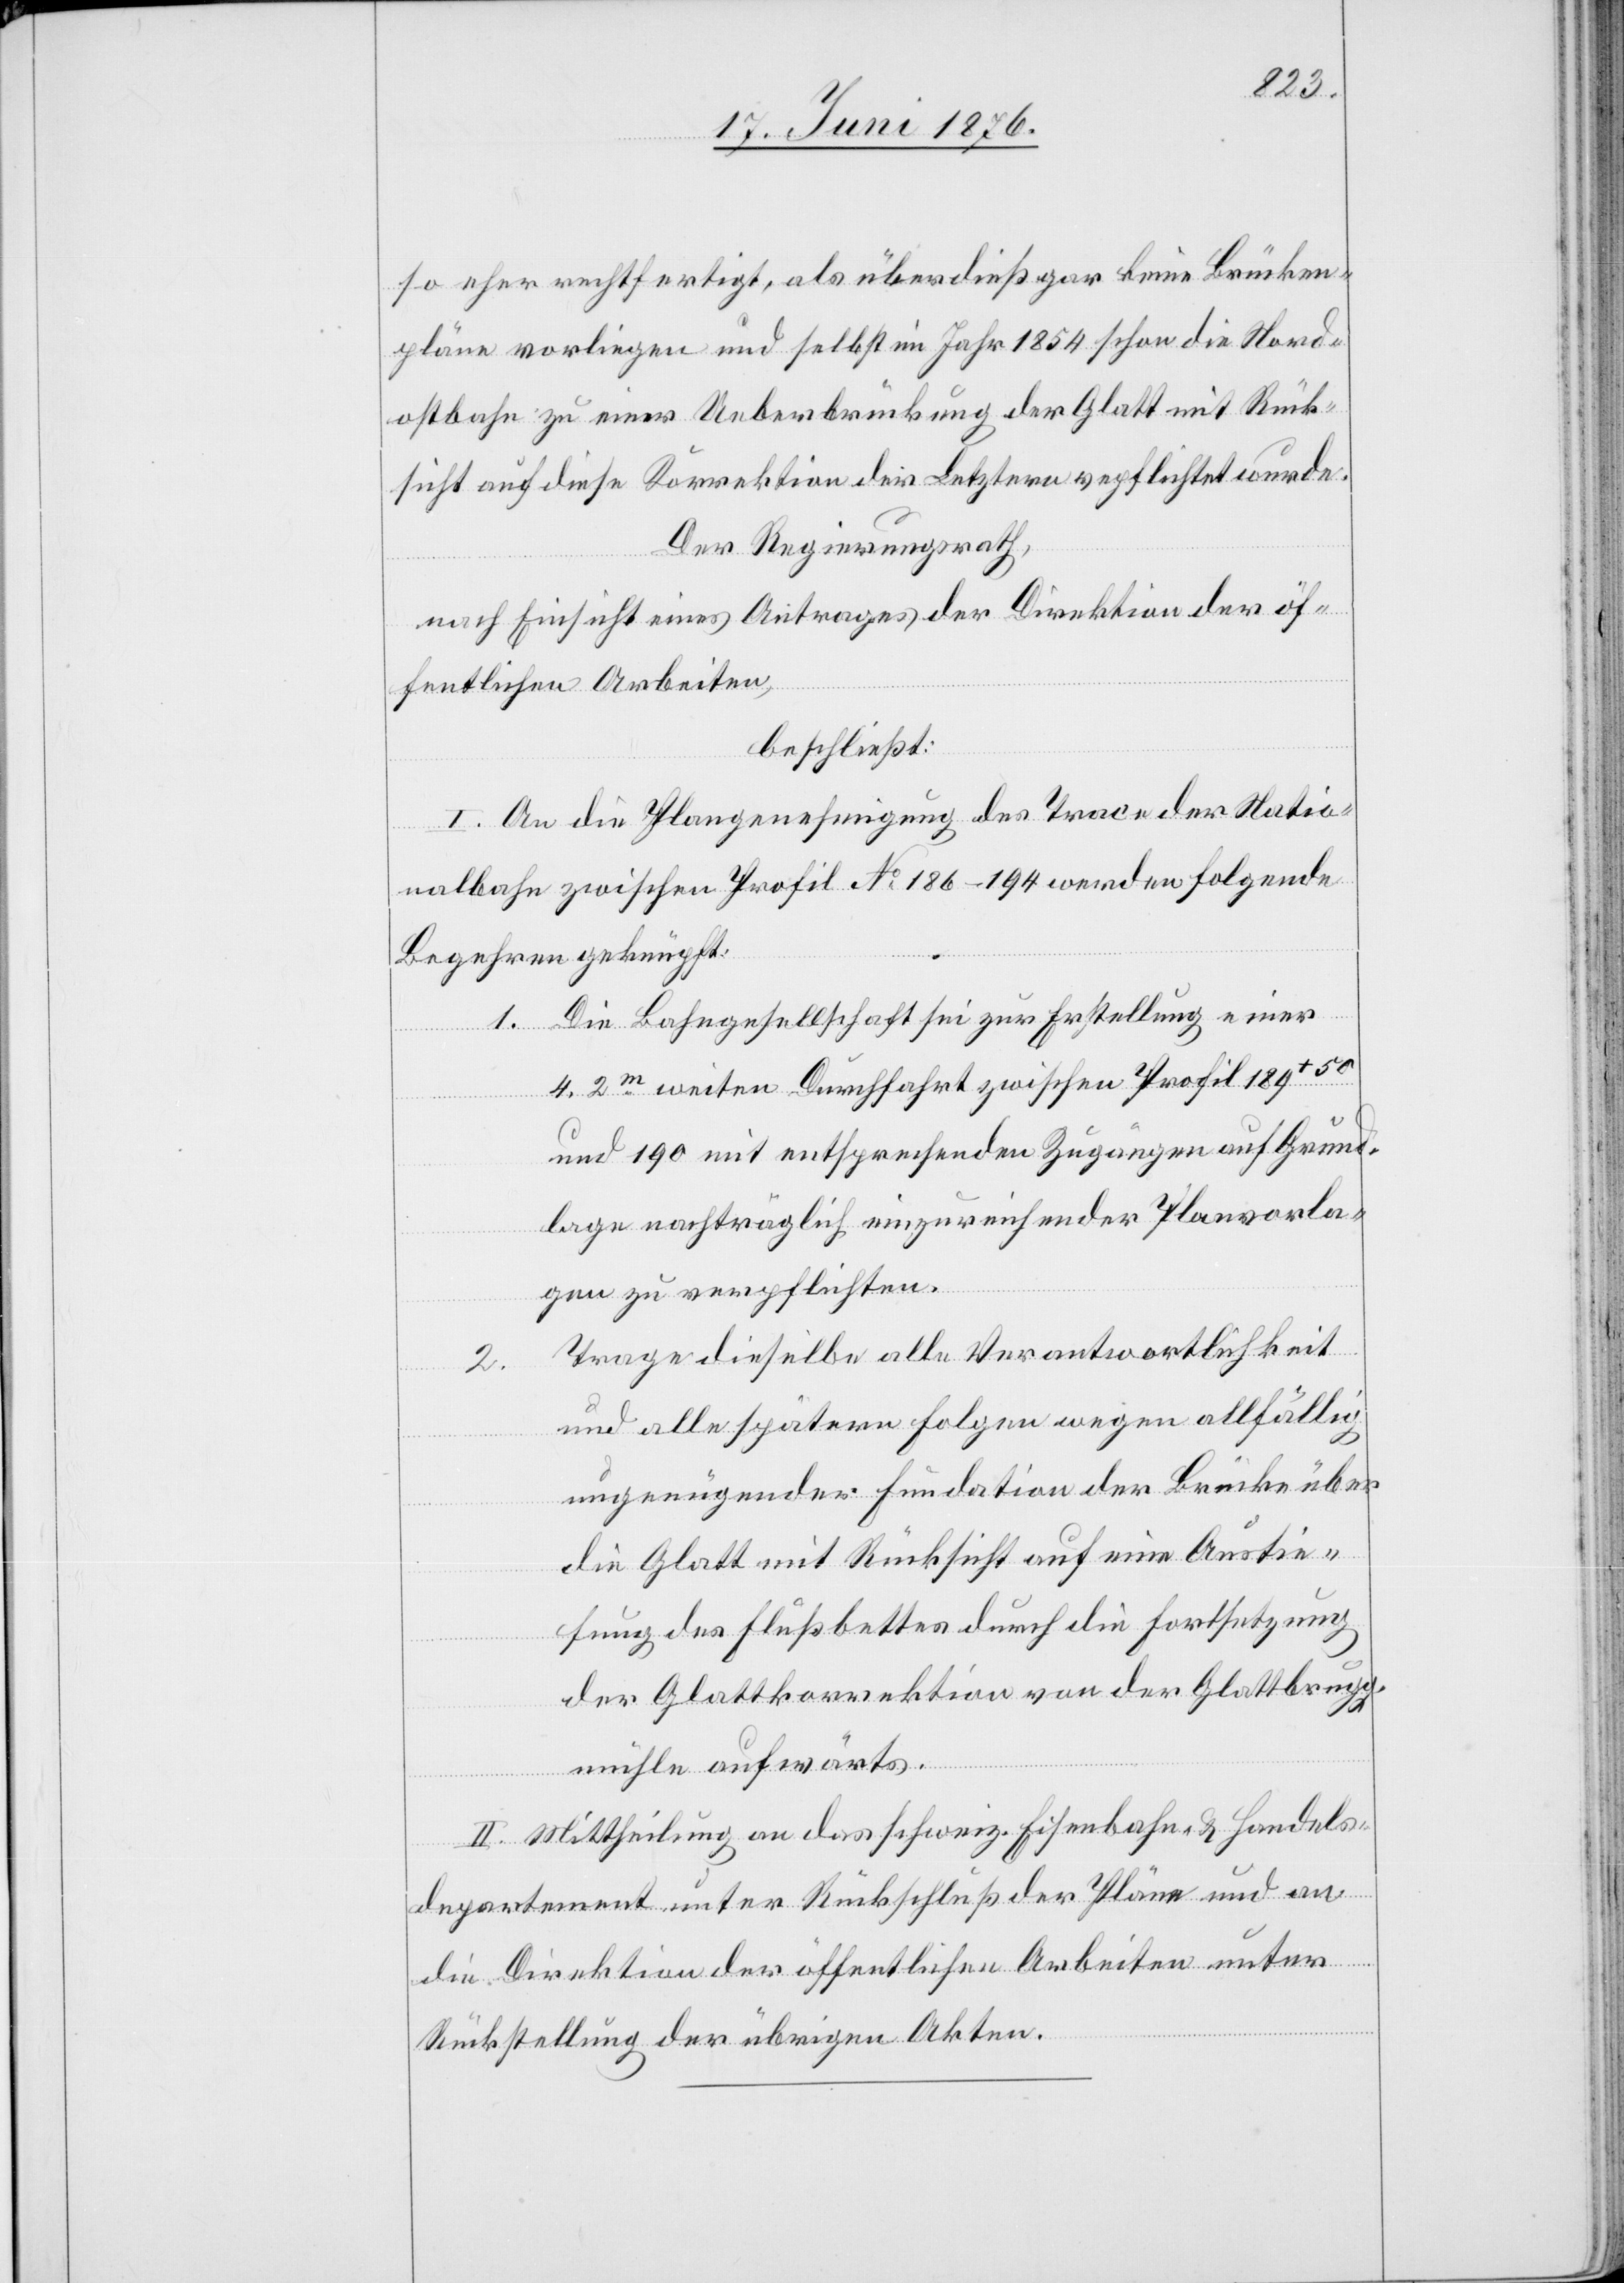
so eher rechtfertigt, als überdies gar keine Brücken¬
pläne vorliegen und selbst im Jahr 1854 schon die Nord¬
ostbahn zu einer Ueberbrückung der Glatt mit Rück¬
sicht auf diese Korrektion der Letztern verpflichtet wurde.
Der Regierungsrath,
nach Einsicht eines Antrages der Direktion der öf¬
fentlichen Arbeiten,
beschließt:
I. An die Plangenehmigung des Trace der Natio¬
nalbahn zwischen Profil No 186–194 werden folgende
Begehren geknüpft:
1. Die Bahngesellschaft sei zur Erstellung einer
4,2m weiten Durchfahrt zwischen Profil 189+50
und 190 mit entsprechenden Zugängen auf Grund¬
lage nachträglich einzureichender Planvorla¬
gen zu verpflichten.
Trage dieselbe alle Verantwortlichkeit
2.
und alle spätern Folgen wegen allfällig
ungenügender Fundation der Brücke über
die Glatt mit Rücksicht auf eine Austie¬
fung des Flußbettes durch die Fortsetzung
der Glattkorrektion von der Glattbrugg¬
mühle aufwärts.
II. Mittheilung an das schweiz. Eisenbahn- & Handels¬
departement unter Rückschluß der Pläne und an
die Direktion der öffentlichen Arbeiten unter
Rückstellung der übrigen Akten.